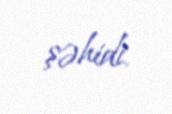
şəhidi.